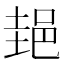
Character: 郌